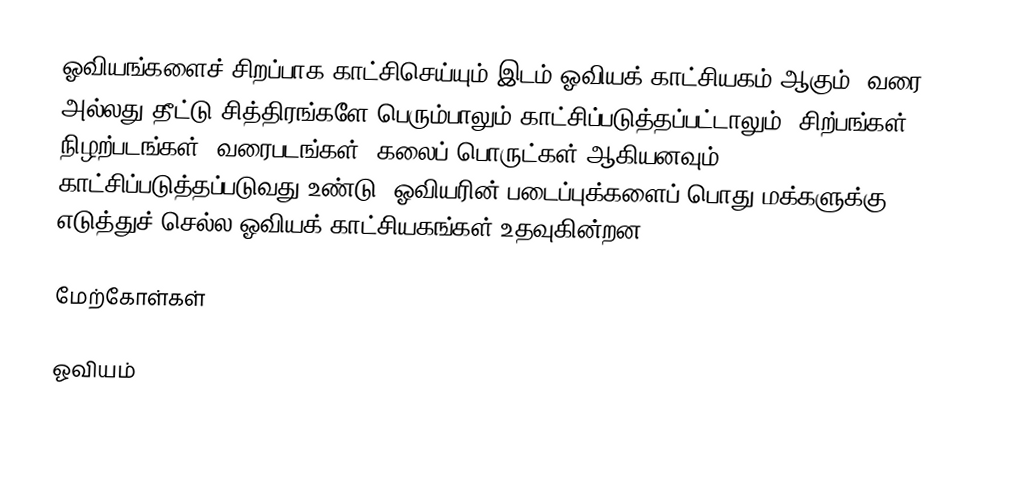
ஓவியங்களைச் சிறப்பாக காட்சிசெய்யும் இடம் ஓவியக் காட்சியகம் ஆகும். வரை அல்லது தீட்டு சித்திரங்களே பெரும்பாலும் காட்சிப்படுத்தப்பட்டாலும், சிற்பங்கள், நிழற்படங்கள், வரைபடங்கள், கலைப் பொருட்கள் ஆகியனவும் காட்சிப்படுத்தப்படுவது உண்டு.  ஓவியரின் படைப்புக்களைப் பொது மக்களுக்கு எடுத்துச் செல்ல ஓவியக் காட்சியகங்கள் உதவுகின்றன.

மேற்கோள்கள்

ஓவியம்